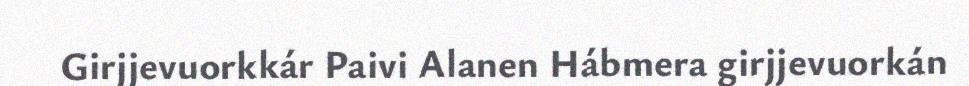
Girjjevuorkkár Paivi Alanen Hábmera girjjevuorkán